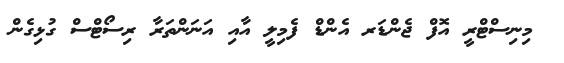
މިނިސްޓްރީ އޮފް ޖެންޑަރ އެންޑް ފެމިލީ އާއި އަނަންތަރާ ރިސޯޓްސް ގުޅިގެން